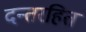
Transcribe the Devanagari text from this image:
दन्तरहित